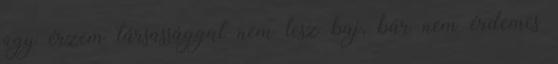
úgy érzem társassággal nem lesz baj, bár nem érdemes